Report on the working of the mental hospitals for Indians in Bihar and Orissa - 1925-1929
Year: 1925
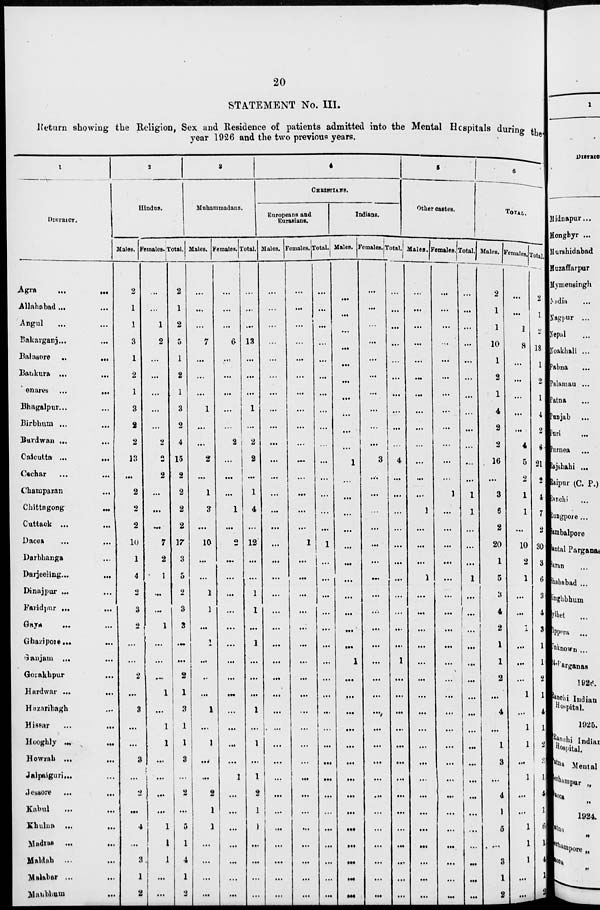
20
STATEMENT No. III.
Return showing the Religion, Sex and Residence of patients admitted into the Mental Hospitals during the
year 1926 and the two previous years.
1
DISTRICT.
Agra
...
...
Allahabad... ...
Angul ... ...
Bakarganj... ...
Balasore
...
...
Bankura ... ...
Benares ...
...
Bhagalpur... ...
Birbhum ... ...
Burdwan ... ...
Calcutta ...
...
Cachar ... ...
Champaran ...
Chittagong
...
Cuttack ...
...
Dacca ... ...
Darbhanga ...
Darjeeling... ...
Dinajpur ... ...
Faridpur ... ...
Gaya
...
...
Ghazipore... ...
Ganjam ... ...
Gorakhpur ...
Hardwar ...
...
Hazaribagh ...
Hissar
...
...
Hooghly ... ...
Howrah ... ...
Jalpaiguri... ...
Jessore ...
...
Kabul
...
...
Khulna ...
...
Madras ... ...
Maldah ...
...
Malabar
...
...
Manbhum
...
2
Hindus.
Males.
2
1
1
3
1
2
1
3
2
2
13
...
2
2
2
10
1
4
2
3
2
...
...
2
...
3
...
...
3
...
2
...
4
...
3
1
2
Females.
...
...
1
2
...
...
...
...
...
2
2
2
...
...
...
7
2
1
...
...
1
...
...
...
1
...
1
1
...
...
...
...
1
1
1
...
...
Total.
2
1
2
5
1
2
1
3
2
4
15
2
2
2
2
17
3
5
2
3
3
...
...
2
1
3
1
1
3
...
2
...
5
1
4
1
2
3
Muhammadans.
Males.
...
...
...
7
...
...
...
1
...
...
2
...
1
3
...
10
...
...
1
1
...
1
...
...
...
1
...
1
...
...
2
1
1
...
...
...
...
Females.
...
...
...
6
...
...
...
...
...
2
...
...
...
1
...
2
...
...
...
...
...
...
...
...
...
...
...
...
...
1
...
...
...
...
...
...
...
Total.
...
...
...
13
...
...
...
1
...
2
2
...
1
4
...
12
...
...
1
1
...
1
...
...
...
1
...
1
...
1
2
1
1
...
...
...
...
4
CHRISTIANS.
Europeans and
Eurasians.
Males.
...
...
...
...
...
...
...
...
...
...
...
...
...
...
...
...
...
...
...
...
...
...
...
...
...
...
...
...
...
...
...
...
...
...
...
...
...
Females.
...
...
...
...
...
...
...
...
...
...
...
...
...
...
...
1
...
...
...
...
...
...
...
...
...
...
...
...
...
...
...
...
...
...
...
...
...
Total.
...
...
...
...
...
...
...
...
...
...
...
...
...
...
...
1
...
...
...
...
...
...
...
...
...
...
...
...
...
...
...
...
...
...
...
...
...
Indians.
Males.
...
...
...
...
...
...
...
...
...
...
1
...
...
...
...
...
...
...
...
...
...
...
1
...
...
...
...
...
...
...
...
...
...
...
...
...
...
Females.
...
...
...
...
...
...
...
...
...
...
3
...
...
...
...
...
...
...
...
...
...
...
...
...
...
...
...
...
...
...
...
...
...
...
...
...
...
Total.
...
...
...
...
...
...
...
...
...
...
4
...
...
...
...
...
...
...
...
...
...
...
1
...
...
...
...
...
...
...
...
...
...
...
...
...
...
5
Other castes.
Males.
...
...
...
...
...
...
...
...
...
...
...
...
...
1
...
...
...
1
...
...
...
...
...
...
...
...
...
...
...
...
...
...
...
...
...
...
...
Females.
...
...
...
...
...
...
...
...
...
...
...
...
1
...
...
...
...
...
...
...
...
...
...
...
...
...
...
...
...
...
...
...
...
...
...
...
...
Total.
...
...
...
...
...
...
...
...
...
...
...
...
1
1
...
...
...
1
...
...
...
...
...
...
...
...
...
...
...
...
...
...
...
...
...
...
...
6
TOTAL.
Males.
2
1
1
10
1
2
1
4
2
2
16
...
3
6
2
20
1
5
3
4
2
1
1
2
...
4
...
1
3
...
4
1
5
...
3
1
2
Females.
...
...
1
8
...
...
...
...
...
4
5
2
1
1
...
10
2
1
...
...
1
...
...
...
1
...
1
1
...
1
...
...
1
1
1
...
...
Total.
2
2
2
18
1
2
1
4
2
6
21
2
4
7
2
30
3
6
3
4
3
1
1
2
1
4
1
2
3
1
4
1
6
1
4
1
2